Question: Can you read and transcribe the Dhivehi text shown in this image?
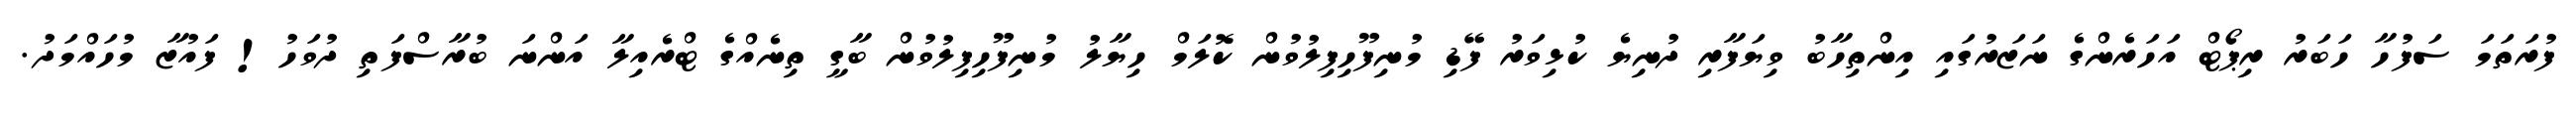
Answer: ފުރަތަމަ ސަފުހާ ހަބަރު ރިޕޯޓް އަހަރެންގެ ނަޒަރުގައި އިންތިހާބު ވިޔަފާރި ދުނިޔެ ކުޅިވަރު ފޭޑި މުނިފޫހިފިލުވުން ކޮލަމް ހިޔާލު މުނިފޫހިފިލުވުން ބާގީ ތިނެއްގެ ޓްރެއިލާ އަންނަ ބުރާސްފަތި ދުވަހު! ފައުޒާ މުހައްމަދު.